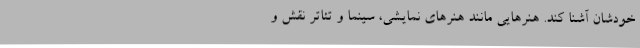
خودشان آشنا کند. هنرهایی مانند هنرهای نمایشی، سینما و تئاتر نقش و